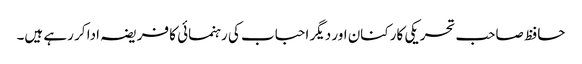
حافظ صاحب تحریکی کارکنان اور دیگر احباب کی رہنمائی کا فریضہ ادا کر رہے ہیں۔